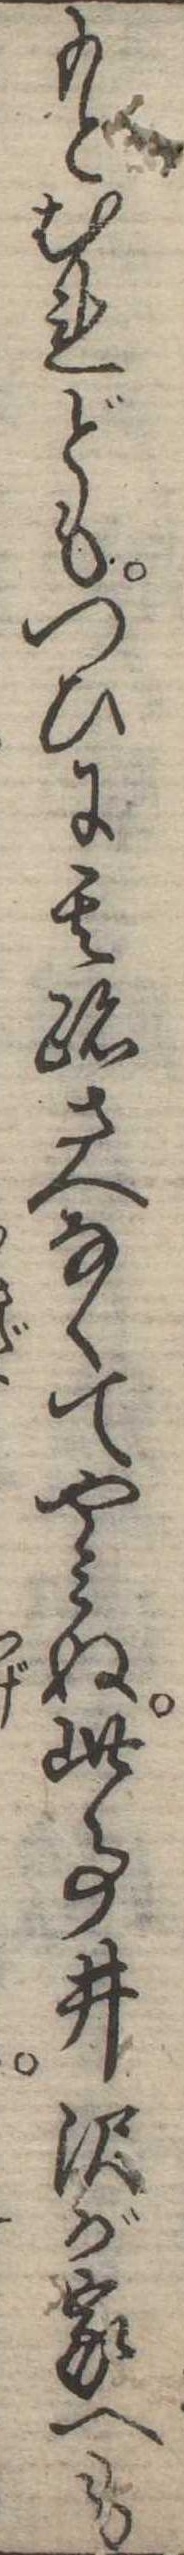
もとむれどもつひに其跡さへなくてやみぬ此事井沢が家へも